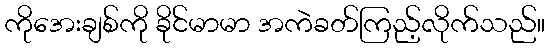
ကိုအေးချစ်ကို ခိုင်မာမာ အကဲခတ်ကြည့်လိုက်သည်။